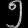
Digit: ၅